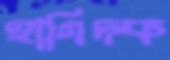
হাগিদক